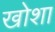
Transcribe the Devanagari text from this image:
खोशा